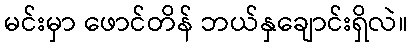
မင်းမှာ ဖောင်တိန် ဘယ်နှချောင်းရှိလဲ။